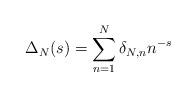
LaTeX: \begin{align*}\Delta_N(s)=\sum_{n=1}^N \delta_{N,n}n^{-s}\end{align*}